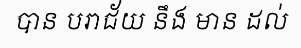
បាន បរាជ័យ នឹង មាន ដល់